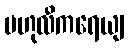
ဗဟုလီကရေယျ